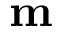
\mathrm { \bf m }